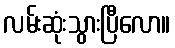
လမ်းဆုံးသွားပြီလော။